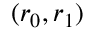
( r _ { 0 } , r _ { 1 } )